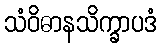
သံဝိဓာနသိက္ခာပဒံ